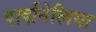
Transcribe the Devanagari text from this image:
दार्दानेलिया